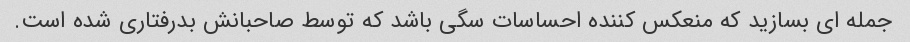
جمله ای بسازید که منعکس کننده احساسات سگی باشد که توسط صاحبانش بدرفتاری شده است.